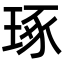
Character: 琢